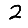
Digit: 2